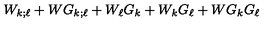
W _ { k ; \ell } + W G _ { k ; \ell } + W _ { \ell } G _ { k } + W _ { k } G _ { \ell } + W G _ { k } G _ { \ell }